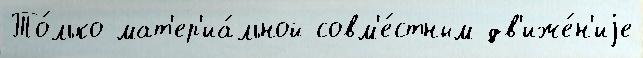
То́лько мат'ер'иа́льной совм'е́стным дв'иже́н'иjе